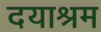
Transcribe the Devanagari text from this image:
दयाश्रम